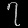
Digit: ၇